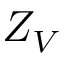
Z _ { V }